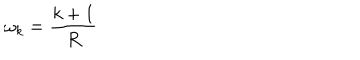
\omega _ { k } = \frac { k + 1 } { R }